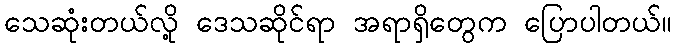
သေဆုံးတယ်လို့ ဒေသဆိုင်ရာ အရာရှိတွေက ပြောပါတယ်။